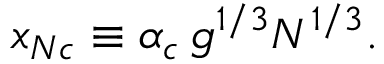
x _ { N c } \equiv \alpha _ { c } \, g ^ { 1 / 3 } N ^ { 1 / 3 } .